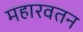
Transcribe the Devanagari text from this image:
महारवतन